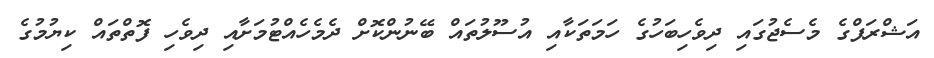
އަޝްރަފްގެ މެސެޖުގައި ދިވެހިބަހުގެ ހަމަތަކާއި އުސޫލުތައް ބޭނުންކޮށް ދެމެހެއްޓުމަށާއި ދިވެހި ފޮތްތައް ކިޔުމުގެ